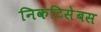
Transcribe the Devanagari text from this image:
निकटिसेबस